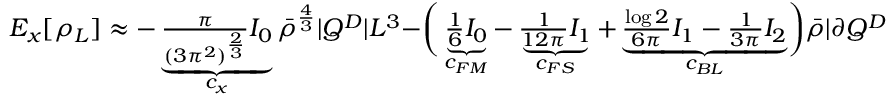
\begin{array} { r } { E _ { x } [ \rho _ { L } ] \approx - \underbrace { \frac { \pi } { ( 3 \pi ^ { 2 } ) ^ { \frac { 2 } { 3 } } } I _ { 0 } } _ { c _ { x } } \bar { \rho } ^ { \frac { 4 } { 3 } } | Q ^ { D } | L ^ { 3 } - \biggr ( \underbrace { \frac { 1 } { 6 } I _ { 0 } } _ { c _ { F M } } - \underbrace { \frac { 1 } { 1 2 \pi } I _ { 1 } } _ { c _ { F S } } + \underbrace { \frac { \log 2 } { 6 \pi } I _ { 1 } - \frac { 1 } { 3 \pi } I _ { 2 } } _ { c _ { B L } } \biggr ) \bar { \rho } | \partial Q ^ { D } | L ^ { 2 } . } \end{array}